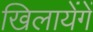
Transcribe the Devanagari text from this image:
खिलायेंगें